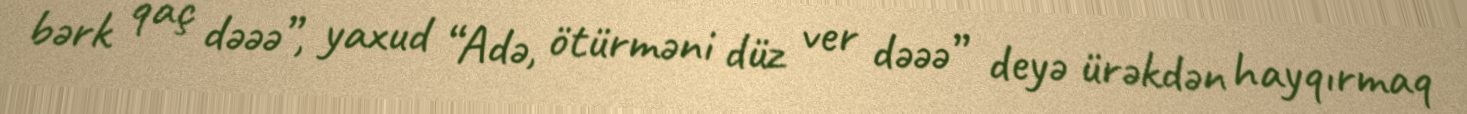
bərk qaç dəəə”, yaxud “Adə, ötürməni düz ver dəəə” deyə ürəkdən hayqırmaq